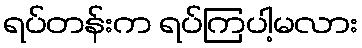
ရပ်တန်းက ရပ်ကြပါ့မလား